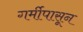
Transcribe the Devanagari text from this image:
गर्मीपासून